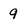
Character: 9